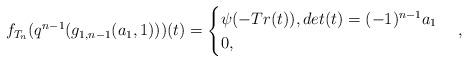
LaTeX: \begin{align*} f_{T_n}(q^{n-1}(g_{1,n-1}(a_1,1)))(t)=\begin{cases} \psi(-Tr(t)), det(t)=(-1)^{n-1}a_1\\ 0, \end{cases},\end{align*}